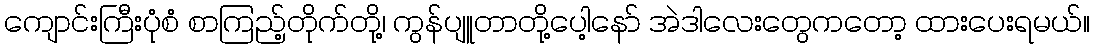
ကျောင်းကြီးပုံစံ စာကြည့်တိုက်တို့၊ ကွန်ပျူတာတို့ပေါ့နော် အဲဒါလေးတွေကတော့ ထားပေးရမယ်။